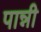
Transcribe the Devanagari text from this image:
पान्नी